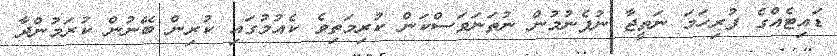
ޑައިޓެއްގެ ފުރިހަމަ ނަތީޖާ ނުފެނުމުން ނުތަނަވަސްކަން ކުރިމަތިވެ ކެއުމުގައި ކުރިން ބޭނުން ކުރަމުންދާ